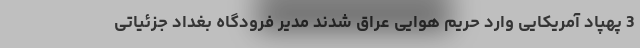
3 پهپاد آمریکایی وارد حریم هوایی عراق شدند مدیر فرودگاه بغداد جزئیاتی